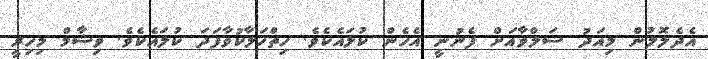
އެދެލޮލުން މިއަދު ސަލްވާއަށް ފެނުނީ އެހެން ކުލައެކެވެ. ހިތްހަލާކުވާފަދަ ކުލައެކެވެ. ވިޝާމް މިހިރީ